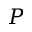
P